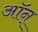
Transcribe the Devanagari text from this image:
ऑन्